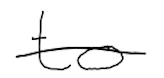
Text: to
Cross-out: single-line
Writing tool: digital_black